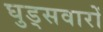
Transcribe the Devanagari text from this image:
घुड्सवारों